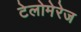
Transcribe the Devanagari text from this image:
टेलोमेरेज